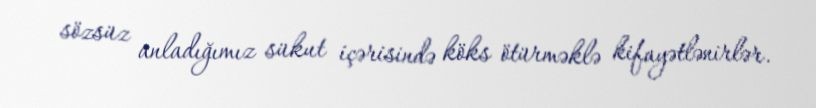
sözsüz anladığımız sükut içərisində köks ötürməklə kifayətlənirlər.